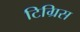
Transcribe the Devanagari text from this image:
टिग्रिस